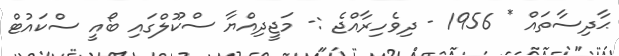
ޙާދިސާތައް * 1956 - ދިވެހިރާއްޖެ :- މަޖީދިއްޔާ ސްކޫލްގައި ބޯއީ ސްކައުޓް